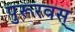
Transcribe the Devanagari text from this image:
पुरूरवस्